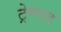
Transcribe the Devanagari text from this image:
ट्रेम्प्ल्ड